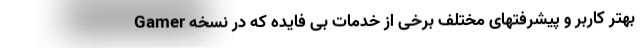
بهتر کاربر و پیشرفتهای مختلف برخی از خدمات بی فایده که در نسخه Gamer